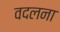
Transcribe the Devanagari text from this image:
वदलना